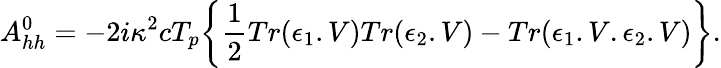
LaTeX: A_{hh}^{0}=-2i\kappa^{2}cT_{p}\bigg\{ {\frac{1}{2}}Tr(\epsilon_{1}.V)Tr(\epsilon_{2}.V)-Tr(\epsilon_{1}.V.\epsilon_{2}.V)\bigg\} .